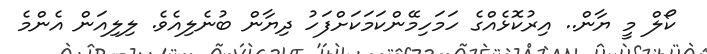
ކޯލް މީ ޔާން.. އިރުކޮޅެއްގެ ހަމަހިމޭންކަމަކަށްފަހު ދިޔާން ބުނެލިއެވެ. ލިލިއަން އެންމެ